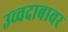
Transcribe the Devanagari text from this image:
उच्चदाबावर